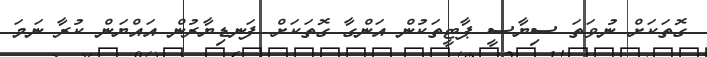
ގޮތަކަށް ނުވަތަ ސިޔާސީ ޕާޓީތަކުން އަންގާ ގޮތަކަށް ފަނޑިޔާރުން އައްޔަން ކުރާ ނަމަ